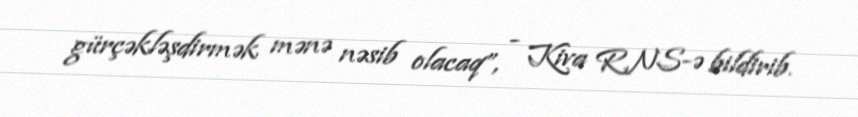
gürçəkləşdirmək mənə nəsib olacaq”, - Kiva RNS-ə bildirib.